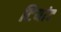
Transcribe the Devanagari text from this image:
टियांट